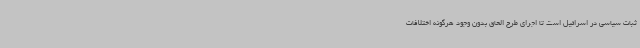
ثبات سیاسی در اسرائیل است تا اجرای طرح الحاق بدون وجود هرگونه اختلافات